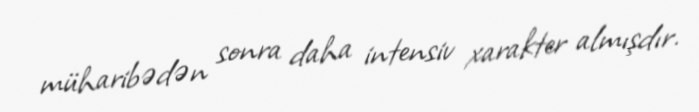
müharibədən sonra daha intensiv xarakter almışdır.